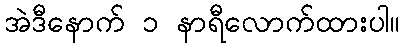
အဲဒီနောက် ၁ နာရီလောက်ထားပါ။